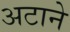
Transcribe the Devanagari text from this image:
अटाने